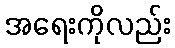
အရေးကိုလည်း